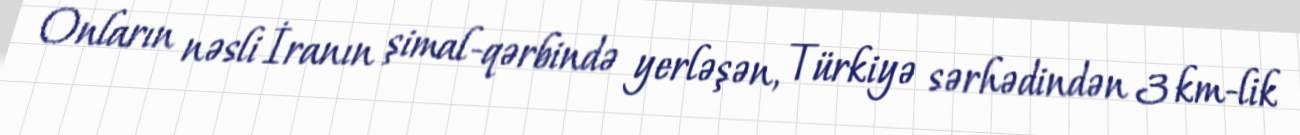
Onların nəsli İranın şimal-qərbində yerləşən, Türkiyə sərhədindən 3 km-lik